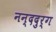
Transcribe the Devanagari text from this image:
नन्ददुर्ग